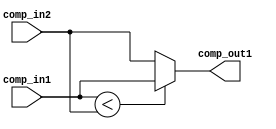
`timescale 1ns / 1ps
//////////////////////////////////////////////////////////////////////////////////
// Company: 
// Engineer: 
// 
// Design Name: 
// Module Name: comparator_module
// Project Name: 
// Target Devices: 
// Tool Versions: 
// Description: 
// 
// Dependencies: 
// 
// Revision:
// Revision 0.01 - File Created
// Additional Comments:
// 
//////////////////////////////////////////////////////////////////////////////////


module comparator_module(input [7:0] comp_in1, comp_in2, output reg [7:0] comp_out1);

always @ (*) begin //reset condition required or not : think of it later
if (comp_in1 < comp_in2) comp_out1 = comp_in1;
else comp_out1 = comp_in2;
end
endmodule